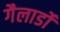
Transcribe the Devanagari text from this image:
गैलार्डो